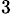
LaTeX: ^{3}